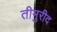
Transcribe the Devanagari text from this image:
तीमुरीद